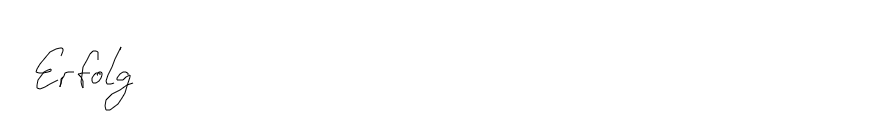
Erfolg